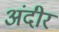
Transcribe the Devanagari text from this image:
अंदीर